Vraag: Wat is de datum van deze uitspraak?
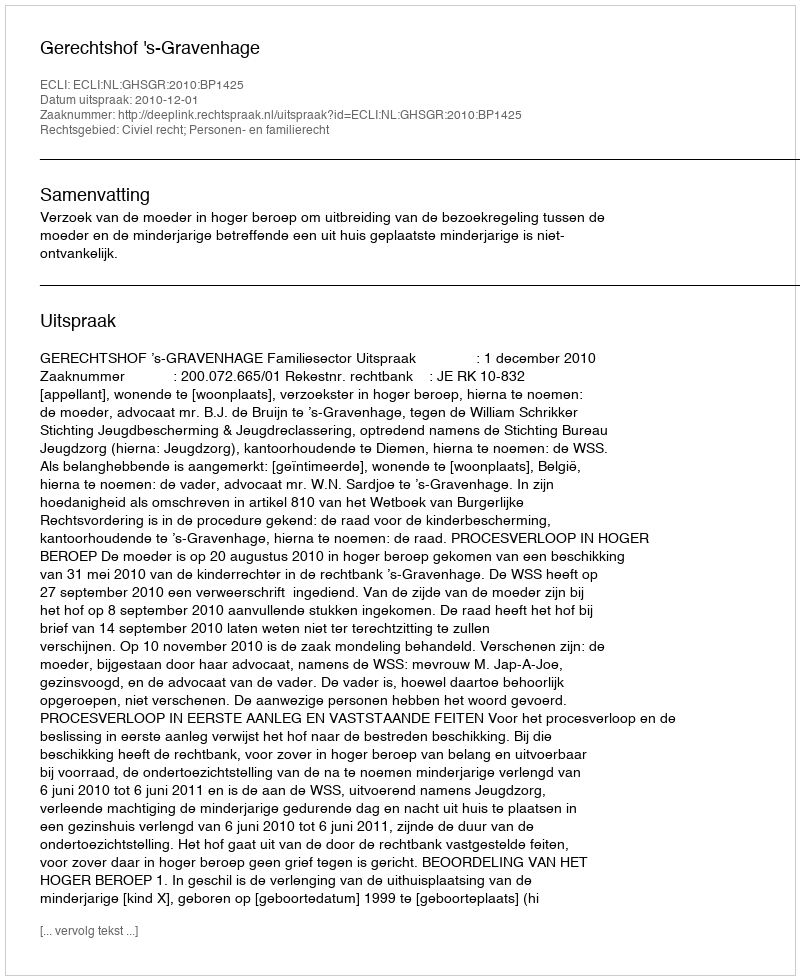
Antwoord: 2010-12-01